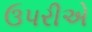
ઉપરીએ